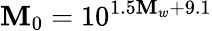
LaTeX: \mathbf{M}_{0}=10^{1.5\mathbf{M}_{w}+9.1}